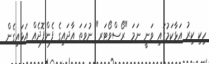
ހިކި ކިރު އަޅާކަމުގައި ވަނީ ނަމަ "ރޯސްވޯޓަރ" ނުވަތަ އާދައިގެ ފެންފޮދެއް އަޅައިގެން